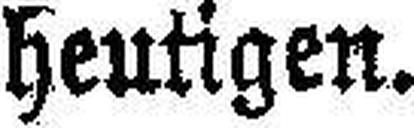
heutigen.